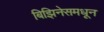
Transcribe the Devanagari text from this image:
बिझिनेसमधून